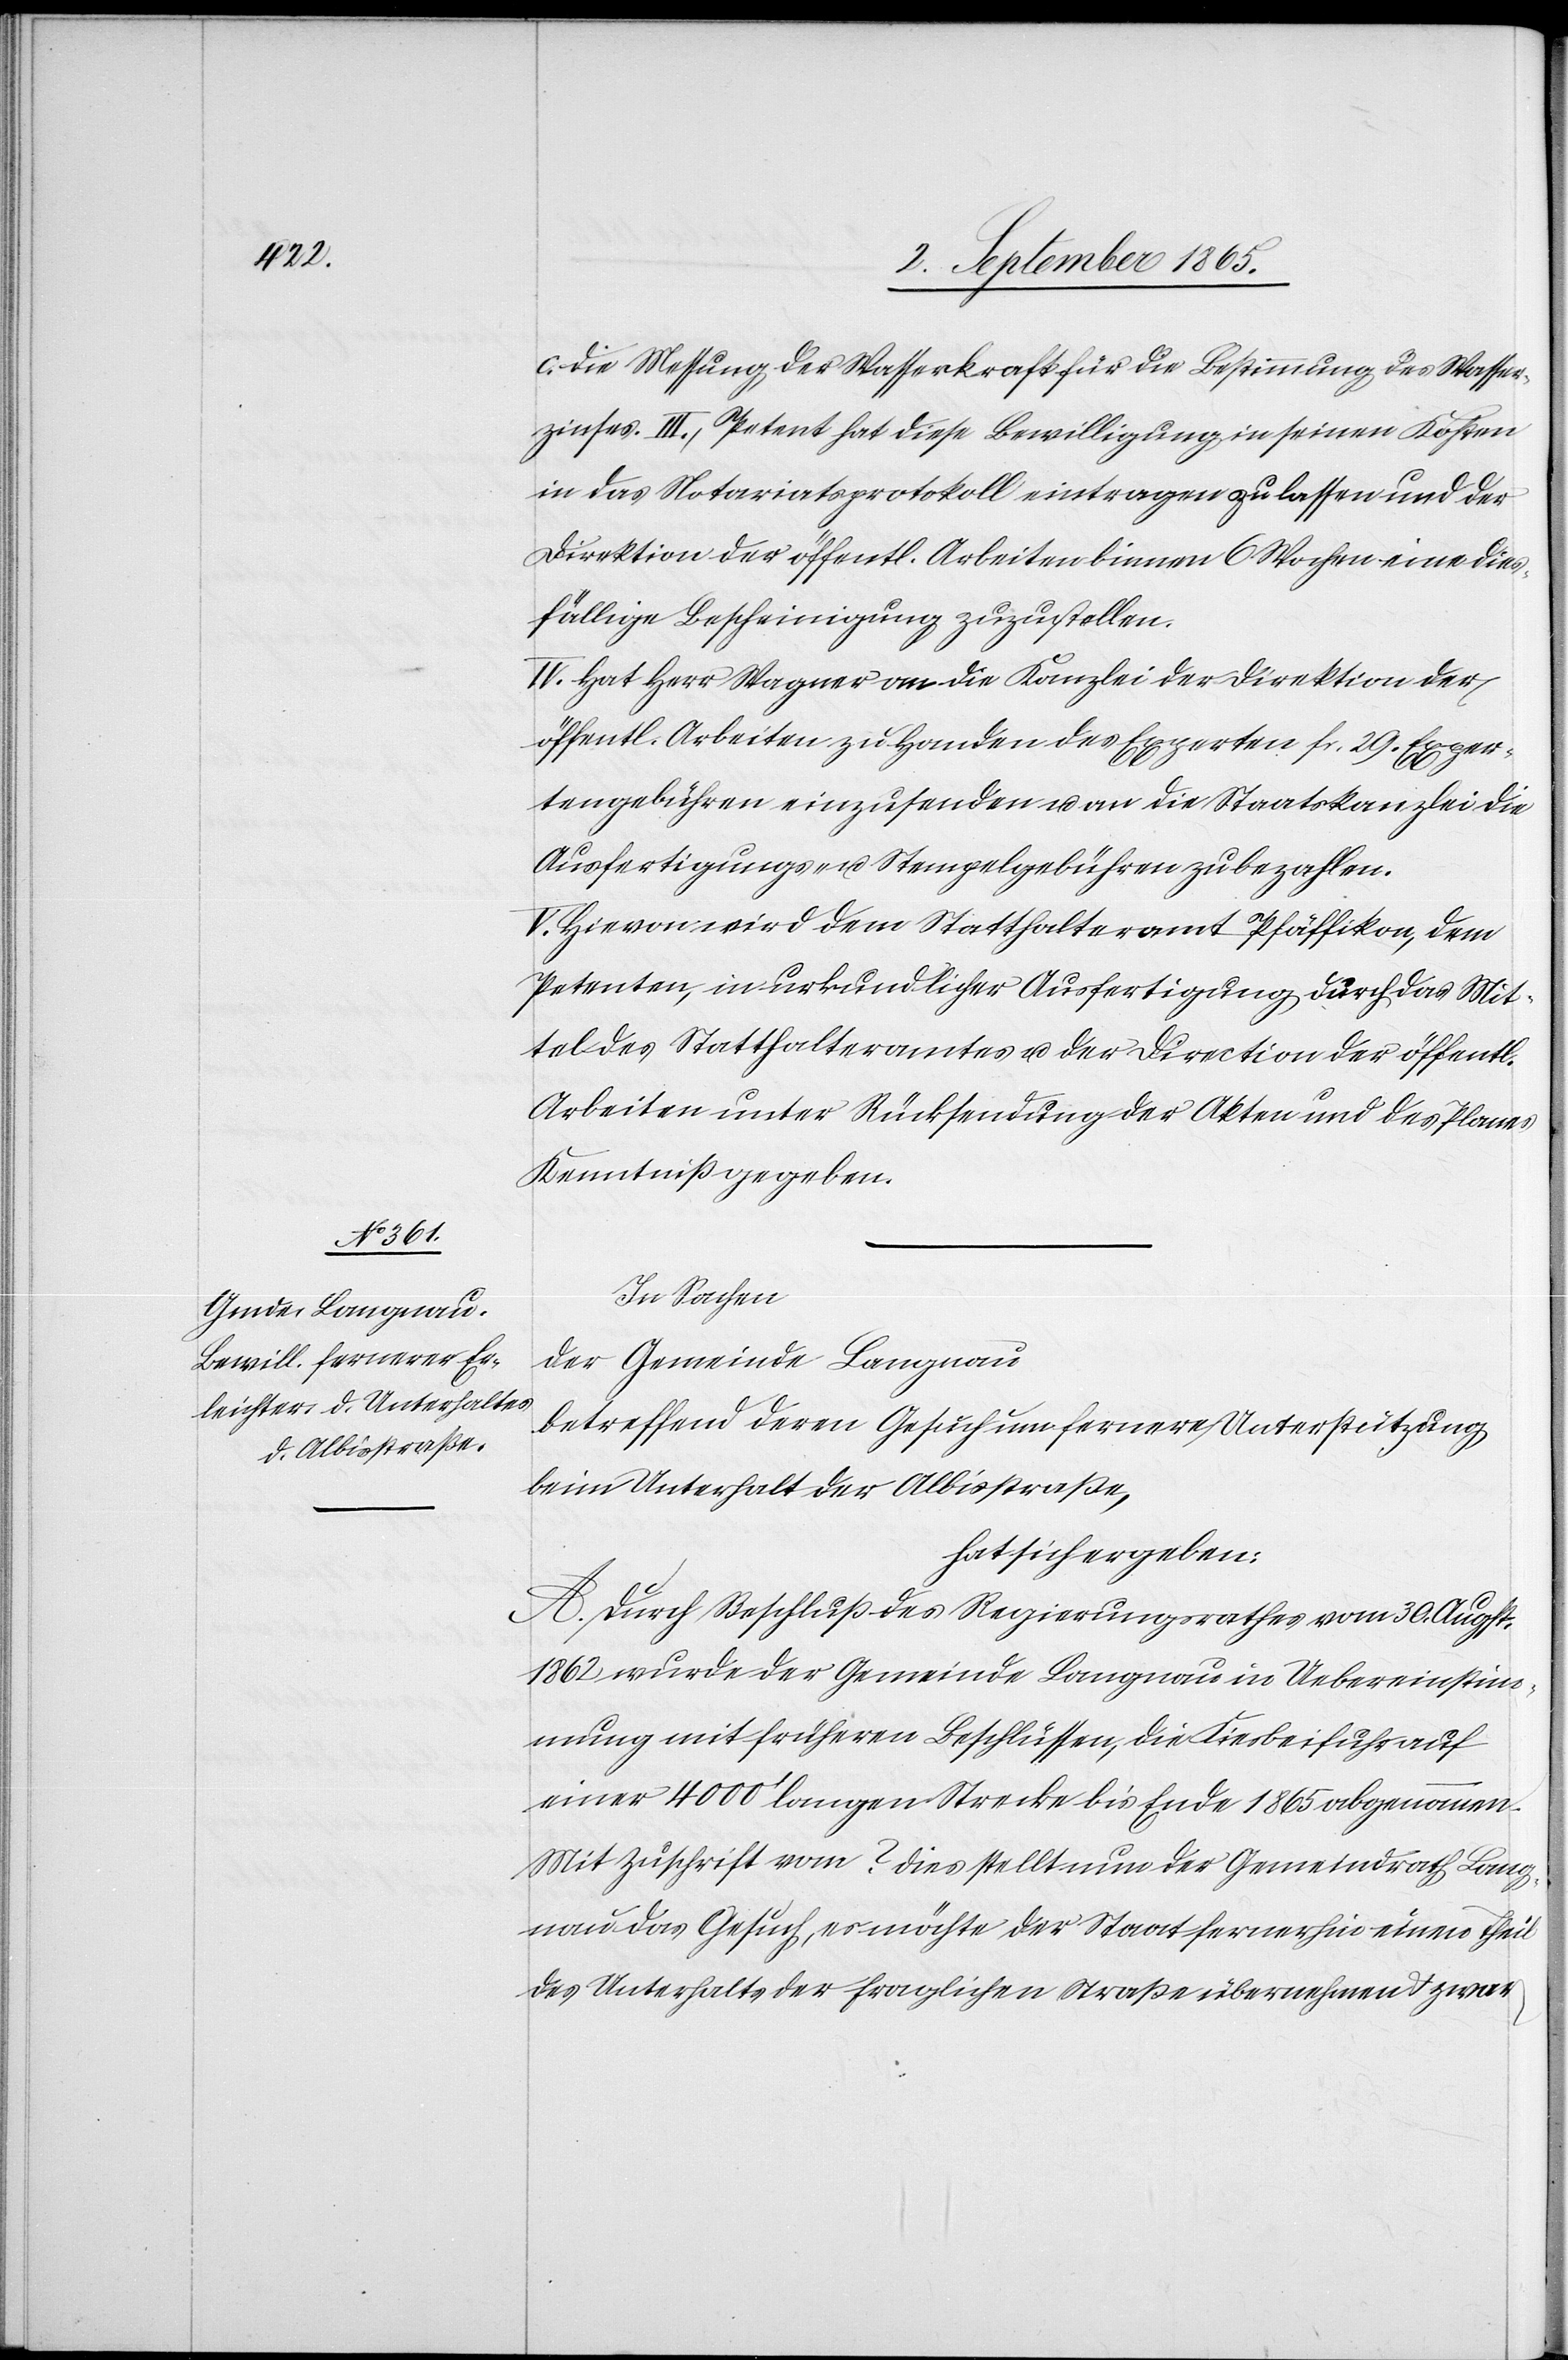
zinses.

c. Die Messung der Wasserkraft für die Bestimmung des Wasser¬
III. Petent hat diese Bewilligung in seinen Kosten
in das Notariatsprotokoll eintragen zu lassen und der
Direktion der öffentl. Arbeiten binnen 6 Wochen eine dies¬
fällige Bescheinigung zuzustellen.
IV. Hat Herr Wagner an die Kanzlei der Direktion der
öffentl. Arbeiten zu Handen des Experten fr. 29. Exper¬
tengebühren einzusenden u. an die Staatskanzlei die
Ausfertigungs- u. Stempelgebühren zu bezahlen.
V. Hievon wird dem Statthalteramt Pfäffikon, dem
Petenten, in urkundlicher Ausfertigung durch das Mit¬
tel des Statthalteramtes u. der Direction der öffentl.
Arbeiten unter Rücksendung der Akten und des Planes
Kenntniß gegeben.
In Sachen
der Gemeinde Langnau
betreffend deren Gesuch um fernere Unterstützung
beim Unterhalt der Albisstraße,
hat sich ergeben:
A. Durch Beschluß des Regierungsrathes vom 30. Augst.
1862 wurde die der Gemeinde Langnau in Uebereinstim¬
mung mit früheren Beschlüssen, die Kiesbeifuhr auf
einer 4000’ langen Strecke bis Ende 1865 abgenommen.
Mit Zuschrift vom ? dies stellt nun der Gemeindrath Lang¬
nau das Gesuch, es möchte der Staat fernerhin einen Theil
des Unterhalts der fraglichen Straße übernehmen u. zwar